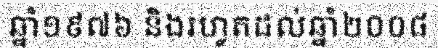
ឆ្នាំ១៩៧៦ និងរហូតដល់ឆ្នាំ២០០៨